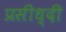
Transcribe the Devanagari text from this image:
प्रसीध्दी